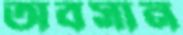
অবসান